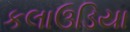
કલાઉડિયા